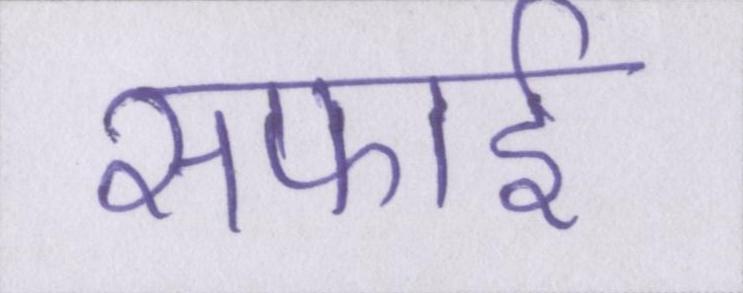
सफाई